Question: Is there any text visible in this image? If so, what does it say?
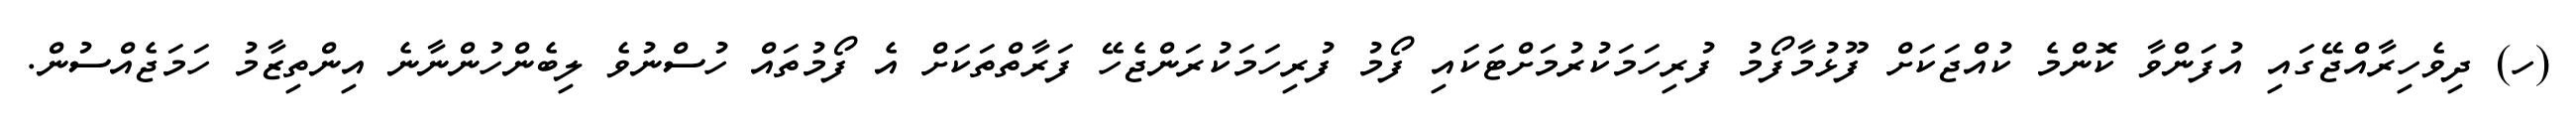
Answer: (ހ) ދިވެހިރާއްޖޭގައި އުފަންވާ ކޮންމެ ކުއްޖަކަށް ފޫޅުމާފޯމު ފުރިހަމަކުރުމަށްޓަކައި ފޯމު ފުރިހަމަކުރަންޖެހޭ ފަރާތްތަކަށް އެ ފޯމުތައް ހުސްނުވެ ލިބެންހުންނާނެ އިންތިޒާމު ހަމަޖެއްސުން.